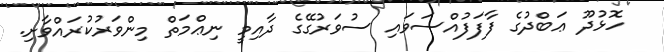
ހޮޅުދޫ ޢަބްދުގެ ފާފަފުއްސަވައި ސުވަރުގޭގެ ދާއިމީ ނިޢްމަތް މިންވަރުކުރައްވާށި.